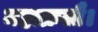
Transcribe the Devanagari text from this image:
महाक्रतौ।